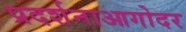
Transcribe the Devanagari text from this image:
प्रदर्शनाआगोदर